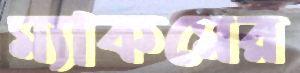
ম্যাকমের